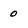
Character: 0